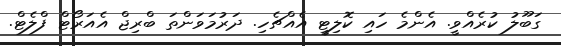
ގަބޫލު ކުރެއްވީ. އެންމެ ހައި ކޮލިޓީ އެއްޗެހި. ދަރުމަވަންތަ ބްރިޖް އެއަރޯޓް ފްލެޓް.